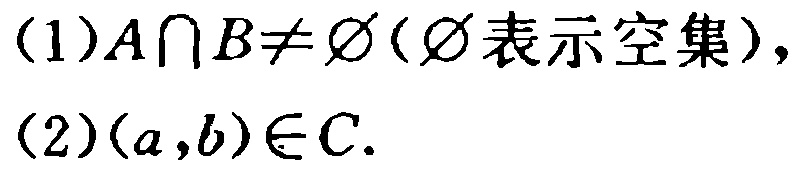
(1)$A\cap B\neq \varnothing(\varnothing表示空集),$

(2)$(a,b)\in C.$